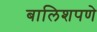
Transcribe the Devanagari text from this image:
बालिशपणे